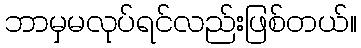
ဘာမှမလုပ်ရင်လည်းဖြစ်တယ်။